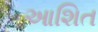
આશિત